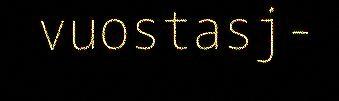
vuostasj-